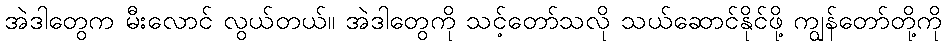
အဲဒါတွေက မီးလောင် လွယ်တယ်။ အဲဒါတွေကို သင့်တော်သလို သယ်ဆောင်နိုင်ဖို့ ကျွန်တော်တို့ကို